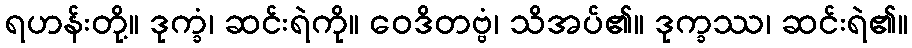
ရဟန်းတို့။ ဒုက္ခံ၊ ဆင်းရဲကို။ ဝေဒိတဗ္ဗံ၊ သိအပ်၏။ ဒုက္ခဿ၊ ဆင်းရဲ၏။